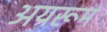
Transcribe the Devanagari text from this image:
अयरूम